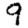
Digit: 9